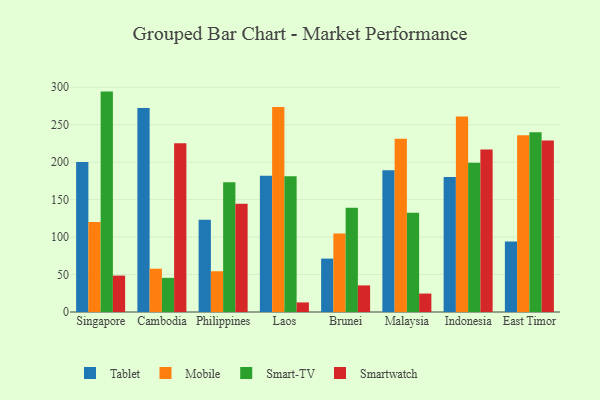
{"axis": {"x": "Country", "y": "Tickets Resolved"}, "legend": ["Mobile", "Smart-TV", "Smartwatch", "Tablet"], "data": [{"x": "Singapore", "y": 200.2, "type": "Tablet"}, {"x": "Singapore", "y": 120.2, "type": "Mobile"}, {"x": "Singapore", "y": 294.2, "type": "Smart-TV"}, {"x": "Singapore", "y": 48.6, "type": "Smartwatch"}, {"x": "Cambodia", "y": 272.3, "type": "Tablet"}, {"x": "Cambodia", "y": 57.8, "type": "Mobile"}, {"x": "Cambodia", "y": 45.6, "type": "Smart-TV"}, {"x": "Cambodia", "y": 225.3, "type": "Smartwatch"}, {"x": "Philippines", "y": 123.0, "type": "Tablet"}, {"x": "Philippines", "y": 54.4, "type": "Mobile"}, {"x": "Philippines", "y": 173.1, "type": "Smart-TV"}, {"x": "Philippines", "y": 144.5, "type": "Smartwatch"}, {"x": "Laos", "y": 181.8, "type": "Tablet"}, {"x": "Laos", "y": 273.8, "type": "Mobile"}, {"x": "Laos", "y": 181.3, "type": "Smart-TV"}, {"x": "Laos", "y": 12.8, "type": "Smartwatch"}, {"x": "Brunei", "y": 71.3, "type": "Tablet"}, {"x": "Brunei", "y": 104.9, "type": "Mobile"}, {"x": "Brunei", "y": 139.2, "type": "Smart-TV"}, {"x": "Brunei", "y": 35.5, "type": "Smartwatch"}, {"x": "Malaysia", "y": 189.2, "type": "Tablet"}, {"x": "Malaysia", "y": 231.1, "type": "Mobile"}, {"x": "Malaysia", "y": 132.5, "type": "Smart-TV"}, {"x": "Malaysia", "y": 24.6, "type": "Smartwatch"}, {"x": "Indonesia", "y": 180.1, "type": "Tablet"}, {"x": "Indonesia", "y": 261.1, "type": "Mobile"}, {"x": "Indonesia", "y": 199.3, "type": "Smart-TV"}, {"x": "Indonesia", "y": 216.8, "type": "Smartwatch"}, {"x": "East Timor", "y": 94.2, "type": "Tablet"}, {"x": "East Timor", "y": 235.9, "type": "Mobile"}, {"x": "East Timor", "y": 240.1, "type": "Smart-TV"}, {"x": "East Timor", "y": 228.9, "type": "Smartwatch"}]}